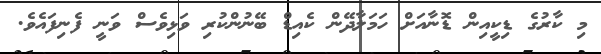
މި ކާރުގެ ޑިކީއިން ޑޮނާއަށް ހަމަލާދޭން ކެއިޑް ބޭނުންކުރި ވަޅިވެސް ވަނީ ފެނިފައެވެ.